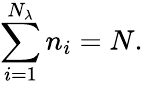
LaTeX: \sum_{i=1}^{N_{\lambda}}{n_{i}}=N.